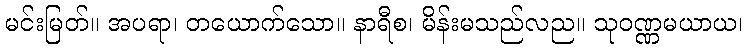
မင်းမြတ်။ အပရာ၊ တယောက်သော။ နာရီစ၊ မိန်းမသည်လည။ သုဝဏ္ဏမယာယ၊